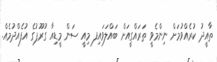
ތާއީދު ކުރެއްވުމަށް ނިންމެވީ ތަރައްގީއަށް ބައްލަވައިފ މިއީ ސަން މީޑިއާ ގުރޫޕުގެ އުފެއްދުމެއް.